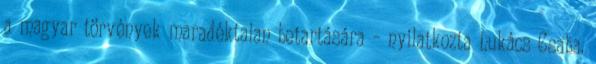
a magyar törvények maradéktalan betartására – nyilatkozta Lukács Csaba.